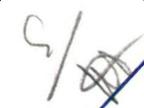
S/W